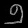
Digit: ၅